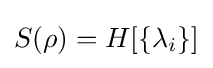
S(\rho )=H[\{\lambda _{i}\}]